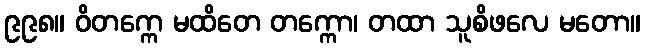
၉၉၈။ ဝိတက္ကေ မထိတေ တက္ကော၊ တထာ သူစိဖလေ မတော။